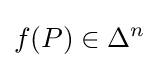
f(P)\in \Delta ^{n}